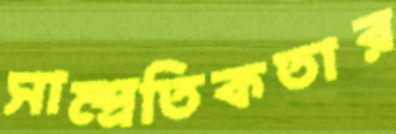
সাম্প্রতিকতার